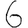
Digit: 6